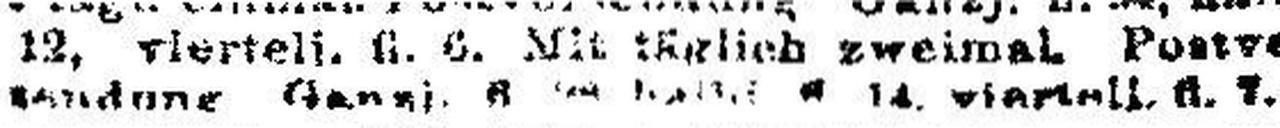
sendung Ganzj. 6 ### 14. viertelj. ###. ###.